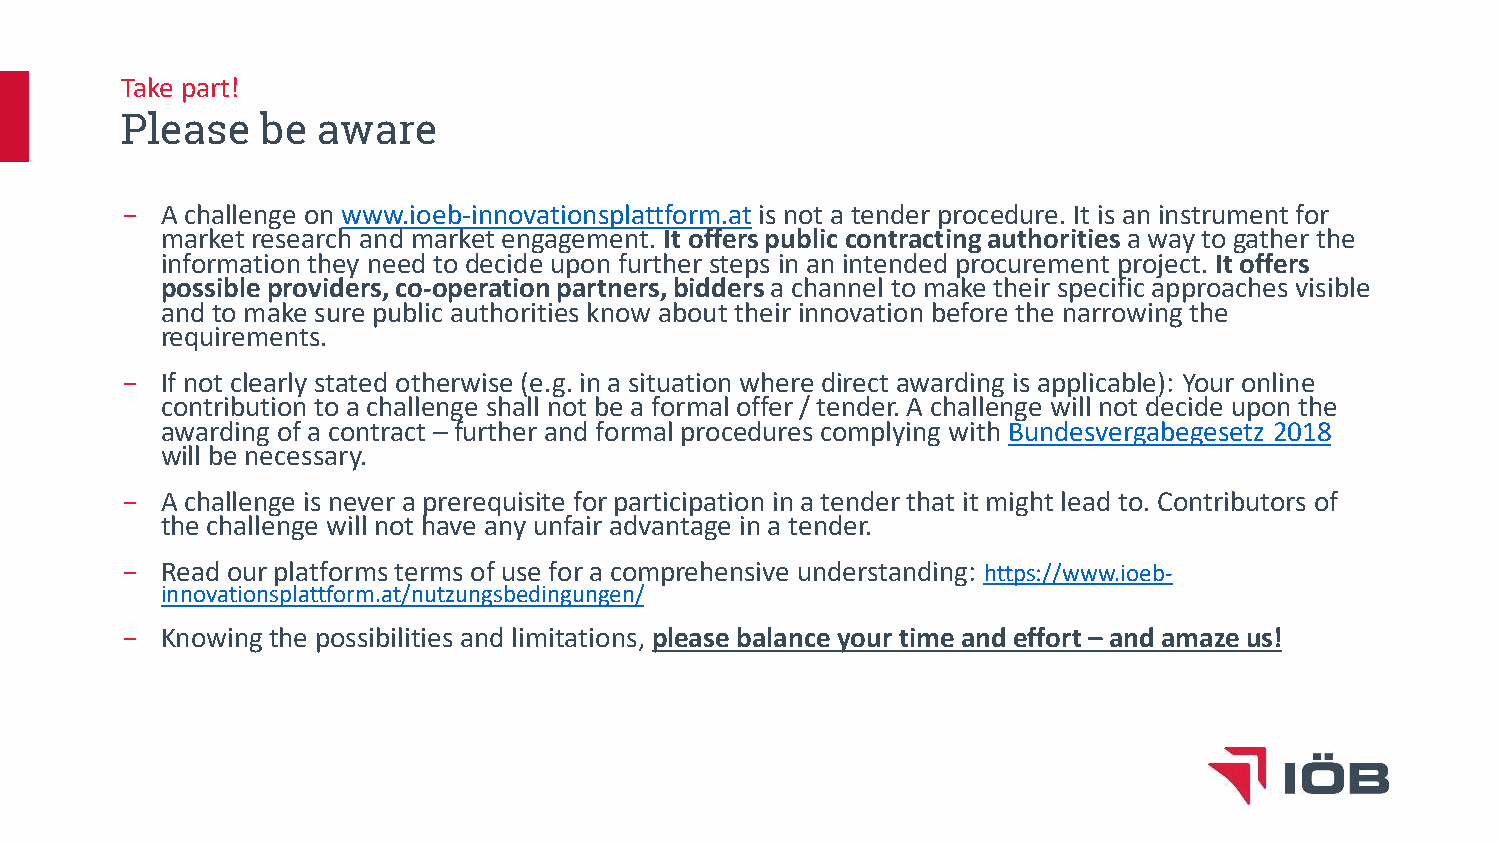
Take part!
 Please   be  aware
 −  A challenge on www.ioeb-innovationsplattform.atis not a tender procedure. It is an instrument for
 market research and market engagement. It offerspublic contractingauthoritiesa wayto gather the
 informationthey need to decide upon further steps in an intended procurement project. It offers
 possibleproviders, co-operation partners, biddersa channel to make their specific approaches visible
 and to make sure public authorities know about their innovation before the narrowingthe
 requirements.
 −  If not clearly stated otherwise (e.g. in a situation where direct awarding is applicable): Your online
 contribution to a challenge shall not be a formal offer / tender. A challenge will not decide upon the
 awarding of a contract – further and formal procedures complying with Bundesvergabegesetz 2018
 will be necessary.
 −  A challenge is never a prerequisite for participation in a tender that it might lead to. Contributors of
 the challenge will not have any unfair advantage in a tender.
 −  Read our platforms terms of use for a comprehensive understanding: https://www.ioeb-
 innovationsplattform.at/nutzungsbedingungen/
 −  Knowing the possibilities and limitations, please balance yourtime and effort– and amazeus!